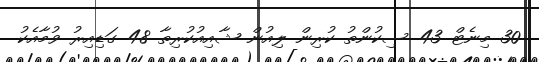
30 މިނެޓް 43 ސިކުންތު ކުރިން ލިއުން ޝާއިއުކުރިތާ 48 ގަޑިއިރު ވުމާއެކު